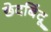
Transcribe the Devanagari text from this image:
छेदबिंदू